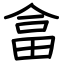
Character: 畣